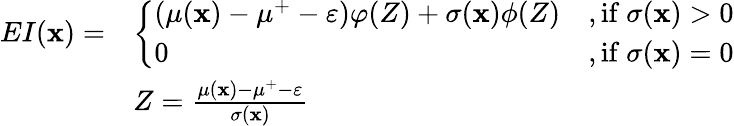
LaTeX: \begin{array}{rl}{EI(\textbf{x})=}&{\left\{ \begin{array}{ll}{(\mu(\textbf{x})-\mu^{+}-\varepsilon)\varphi(Z)+\sigma(\textbf{x})\phi(Z)}&{\mathrm{,if~}\sigma(\textbf{x})>0}\\ {0}&{\mathrm{,if~}\sigma(\textbf{x})=0}\end{array}\right.}\\ &{Z=\frac{\mu(\textbf{x})-\mu^{+}-\varepsilon}{\sigma(\textbf{x})}}\end{array}